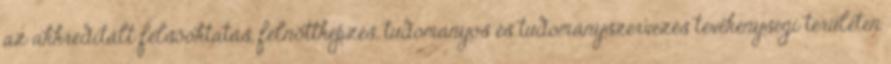
az akkreditált felsõoktatás, felnõttképzés, tudományos és tudományszervezés tevékenységi területen